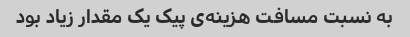
به نسبت مسافت هزینه‌ی پیک یک مقدار زیاد بود